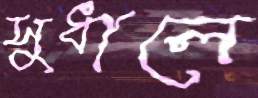
সুধালে